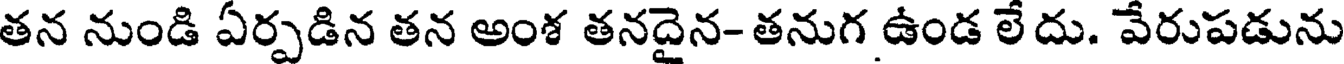
తన నుండి ఏర్పడిన తన అంశ తనదైన- తనుగ ఉండ లేదు. వేరుపడును